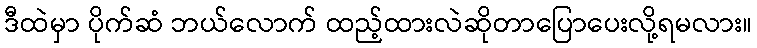
ဒီထဲမှာ ပိုက်ဆံ ဘယ်လောက် ထည့်ထားလဲဆိုတာပြောပေးလို့ရမလား။